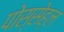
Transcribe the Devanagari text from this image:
पोस्सेह्ल